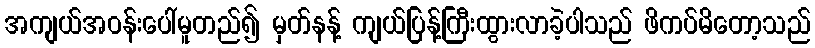
အကျယ်အဝန်းပေါ်မူတည်၍ မှတ်နန့် ကျယ်ပြန့်ကြီးထွားလာခဲ့ပါသည် ဖိကပ်မိတော့သည်